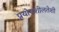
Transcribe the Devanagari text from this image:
प्रयोगशीलतेशी